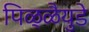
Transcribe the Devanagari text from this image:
पिळ्ळैयुडे